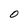
Character: O